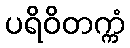
ပရိဝိတက္ကံ